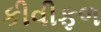
કીવીફળ